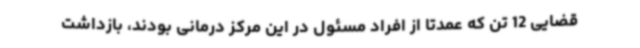
قضایی 12 تن که عمدتا از افراد مسئول در این مرکز درمانی بودند، بازداشت